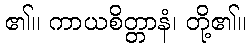
၏။ ကာယစိတ္တာနံ၊ တို့၏။